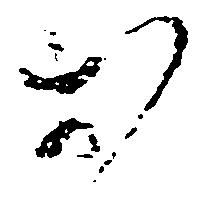
お